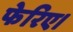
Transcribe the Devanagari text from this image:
फेरिए।